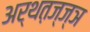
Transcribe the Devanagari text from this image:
अर्थत़ज्ज्ञ